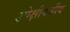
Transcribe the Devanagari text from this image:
उपेक्षीयणीय